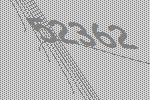
52362